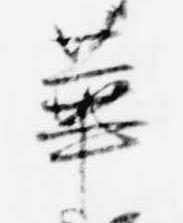
華